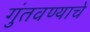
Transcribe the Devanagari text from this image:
गुंतवण्याचे